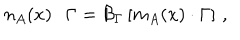
LaTeX: n _ { A } ( x ) \cdot \Gamma = { \cal B } _ { \Gamma } \left[ m _ { A } ( x ) \cdot \Gamma \right] \, ,